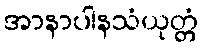
အာနာပါနသံယုတ္တံ